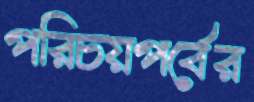
পরিচয়পর্বের